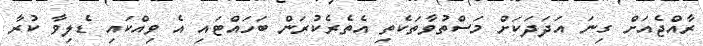
ރާއްޖެއަށް ގިނަ އަދަދަކަށް މަސްތުވާތަކެތި އެތެރެކުރަން ބަހައްޓައި އެ ވިއްކައި ޑެލިވާ ކުރާ